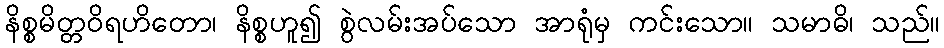
နိစ္စမိတ္တဝိရဟိတော၊ နိစ္စဟူ၍ စွဲလမ်းအပ်သော အာရုံမှ ကင်းသော။ သမာဓိ၊ သည်။